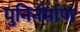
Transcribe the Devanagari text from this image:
पुनिर्नर्माण